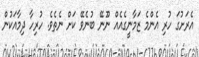
އެރަށުގަ ހުރި އެންމެ ޒަމާނީގެއެއް ނޫނޭ ބުނެވޭ ކަށް ނެތެވެ. ހުރިހާ ދިމާއަކުން